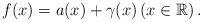
LaTeX: \begin{align*} f(x)=a(x)+\gamma(x) \left(x\in \mathbb{R}\right). \end{align*}